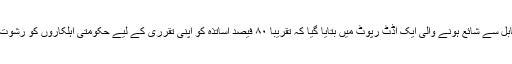
گزشتہ برس کابل سے شائع ہونے والی ایک آڈٹ رپوٹ میں بتایا گیا کہ تقریبا ۸۰ فیصد اساتذہ کو اپنی تقرری کے لیے حکومتی اہلکاروں کو رشوت دینا پڑتی ہے۔